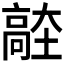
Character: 𱅼